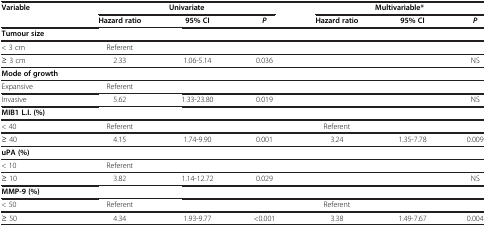
<table><thead><tr><td><b>Variable</b></td><td colspan="3"><b>Univariate</b></td><td colspan="3"><b>Multivariable*</b></td></tr><tr><td><b> </b></td><td><b>Hazard ratio</b></td><td><b>95% CI</b></td><td><b><i>P</i></b></td><td><b>Hazard ratio</b></td><td><b>95% CI</b></td><td><b><i>P</i></b></td></tr></thead><tbody><tr><td><b>Tumour size</b></td><td> </td><td> </td><td> </td><td> </td><td> </td><td> </td></tr><tr><td>&lt; 3 cm</td><td>Referent</td><td> </td><td> </td><td> </td><td> </td><td> </td></tr><tr><td>≥ 3 cm</td><td>2.33</td><td>1.06-5.14</td><td>0.036</td><td> </td><td> </td><td>NS</td></tr><tr><td><b>Mode of growth</b></td><td> </td><td> </td><td> </td><td> </td><td> </td><td> </td></tr><tr><td>Expansive</td><td>Referent</td><td> </td><td> </td><td> </td><td> </td><td> </td></tr><tr><td>Invasive</td><td>5.62</td><td>1.33-23.80</td><td>0.019</td><td> </td><td> </td><td>NS</td></tr><tr><td><b>MIB1 L.I. (%)</b></td><td> </td><td> </td><td> </td><td> </td><td> </td><td> </td></tr><tr><td>&lt; 40</td><td>Referent</td><td> </td><td> </td><td>Referent</td><td> </td><td> </td></tr><tr><td>≥ 40</td><td>4.15</td><td>1.74-9.90</td><td>0.001</td><td>3.24</td><td>1.35-7.78</td><td>0.009</td></tr><tr><td><b>uPA (%)</b></td><td> </td><td> </td><td> </td><td> </td><td> </td><td> </td></tr><tr><td>&lt; 10</td><td>Referent</td><td> </td><td> </td><td> </td><td> </td><td> </td></tr><tr><td>≥ 10</td><td>3.82</td><td>1.14-12.72</td><td>0.029</td><td> </td><td> </td><td>NS</td></tr><tr><td><b>MMP-9 (%)</b></td><td> </td><td> </td><td> </td><td> </td><td> </td><td> </td></tr><tr><td>&lt; 50</td><td>Referent</td><td> </td><td> </td><td>Referent</td><td> </td><td> </td></tr><tr><td>≥ 50</td><td>4.34</td><td>1.93-9.77</td><td>&lt;0.001</td><td>3.38</td><td>1.49-7.67</td><td>0.004</td></tr></tbody></table>